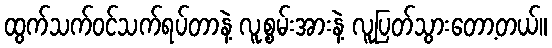
ထွက်သက်ဝင်သက်ရပ်တာနဲ့ လူ့စွမ်းအားနဲ့ လူပြတ်သွားတော့တယ်။